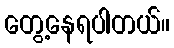
တွေ့နေရပါတယ်။